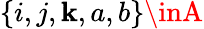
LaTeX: \{ i,j,\mathbf{k},a,b\} \inA